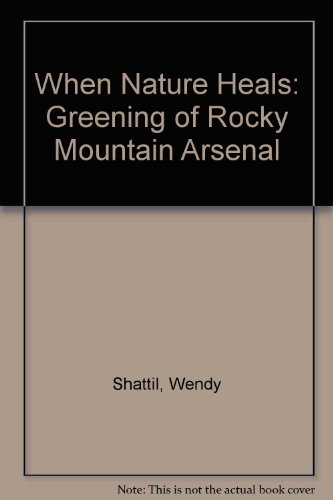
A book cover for When Nature Heals: The Greening of Rocky Mountain Arsenal; Wendy Shattil; Sports & Outdoors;